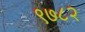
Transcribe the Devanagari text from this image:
९७८२